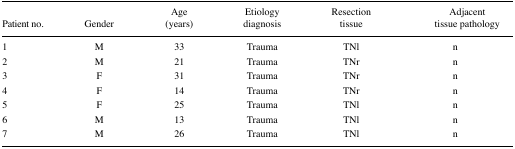
<table><thead><tr><td><b>Patient no.</b></td><td><b>Gender</b></td><td><b>Age (years)</b></td><td><b>Etiology diagnosis</b></td><td><b>Resection tissue</b></td><td><b>Adjacent tissue pathology</b></td></tr></thead><tbody><tr><td>1</td><td>M</td><td>33</td><td>Trauma</td><td>TNl</td><td>n</td></tr><tr><td>2</td><td>M</td><td>21</td><td>Trauma</td><td>TNr</td><td>n</td></tr><tr><td>3</td><td>F</td><td>31</td><td>Trauma</td><td>TNr</td><td>n</td></tr><tr><td>4</td><td>F</td><td>14</td><td>Trauma</td><td>TNr</td><td>n</td></tr><tr><td>5</td><td>F</td><td>25</td><td>Trauma</td><td>TNl</td><td>n</td></tr><tr><td>6</td><td>M</td><td>13</td><td>Trauma</td><td>TNl</td><td>n</td></tr><tr><td>7</td><td>M</td><td>26</td><td>Trauma</td><td>TNl</td><td>n</td></tr></tbody></table>